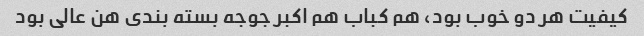
کیفیت هر دو خوب بود، هم کباب هم اکبر جوجه بسته بندی هن عالی بود